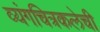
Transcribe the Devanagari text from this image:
व्यंगचित्रकलेची